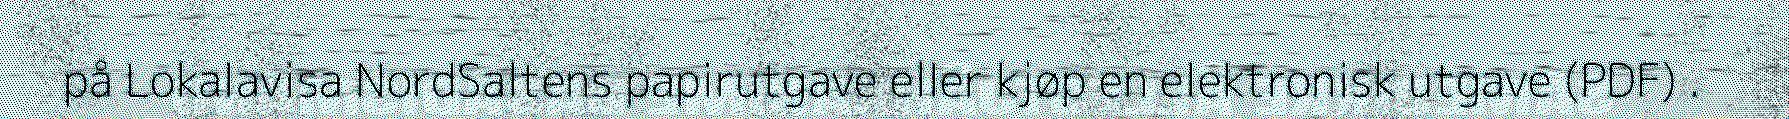
på Lokalavisa NordSaltens papirutgave eller kjøp en elektronisk utgave (PDF) .